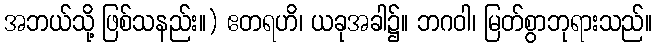
အဘယ်သို့ ဖြစ်သနည်း။) ဧတရဟိ၊ ယခုအခါ၌။ ဘဂဝါ၊ မြတ်စွာဘုရားသည်။